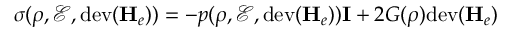
\boldsymbol \sigma ( \rho , \mathscr { E } , \mathrm { d e v } ( \mathbf { H } _ { e } ) ) = - p ( \rho , \mathscr { E } , \mathrm { d e v } ( \mathbf { H } _ { e } ) ) \mathbf { I } + 2 G ( \rho ) \mathrm { d e v } ( \mathbf { H } _ { e } )